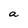
Character: a